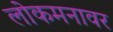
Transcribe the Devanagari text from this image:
लोकमनावर